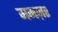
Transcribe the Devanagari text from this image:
ममज़र